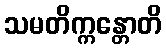
သမတိက္ကန္တောတိ